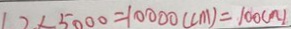
1 2 \times 5 0 0 0 = 1 0 0 0 0 ( c m ) = 1 0 0 ( m )